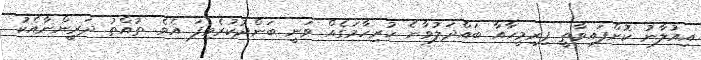
އިއުލާނު ކޮށްފައިވާތީ ފިރިމީހާއާ ބައްދަލުވާނެ ހުރިހާމަގެއް ވަނީ ބަންދުކުރެވިފަ އެވެ. ތުއްތު ދަރީންނާއެކު